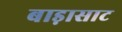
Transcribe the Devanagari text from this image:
बाड़ासाट